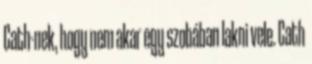
Cath-nek, hogy nem akar egy szobában lakni vele. Cath